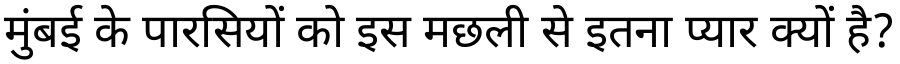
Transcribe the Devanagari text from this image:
मुंबई के पारसियों को इस मछली से इतना प्यार क्यों है?